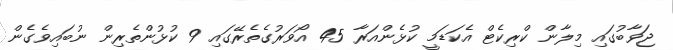
ޖަވާބުގައި މިލާން ކްރިކެޓް އެކަޑަމީ ކުޅެންއަރާ 45 އޯވަރުގެތެރޭގައި 9 ކުޅުންތެރިން ނުބައިވެގެން